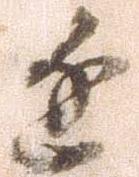
進